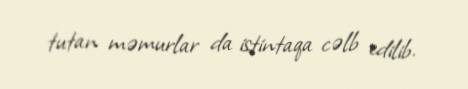
tutan məmurlar da istintaqa cəlb edilib.